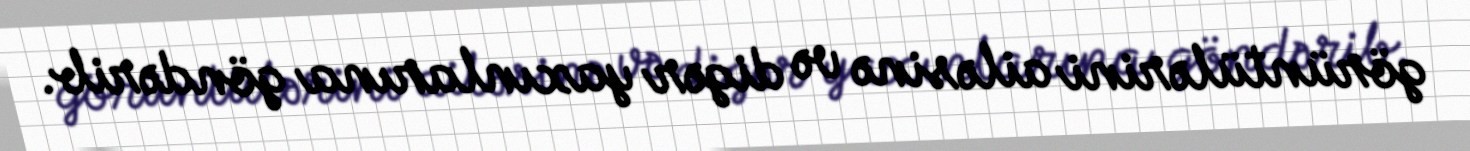
görüntülərini ailəsinə və digər yaxınlarına göndərib.